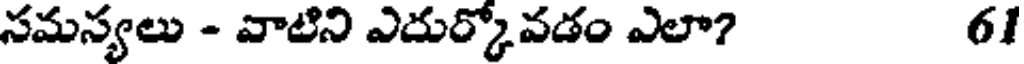
సమస్యలు - వాటిని ఎదుర్కోవడం ఎలా? 61